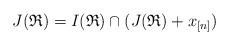
LaTeX: \begin{align*} J(\mathfrak{R})=I(\mathfrak{R})\cap(J(\mathfrak{R})+x_{[n]})\end{align*}